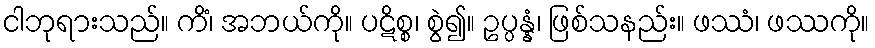
ငါဘုရားသည်။ ကိံ၊ အဘယ်ကို။ ပဋိစ္စ၊ စွဲ၍။ ဥပ္ပန္နံ၊ ဖြစ်သနည်း။ ဖဿံ၊ ဖဿကို။